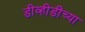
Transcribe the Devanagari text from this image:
डीव्हीडींच्या